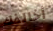
أخالفك